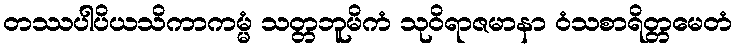
တဿပါပိယသိကာကမ္မံ သတ္တဘူမိကံ သုဝိရာဇမာနာ ဝံသစာရိတ္တမေတံ